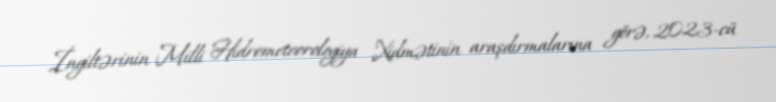
İngiltərinin Milli Hidrometeorologiya Xidmətinin araşdırmalarına görə, 2023-cü